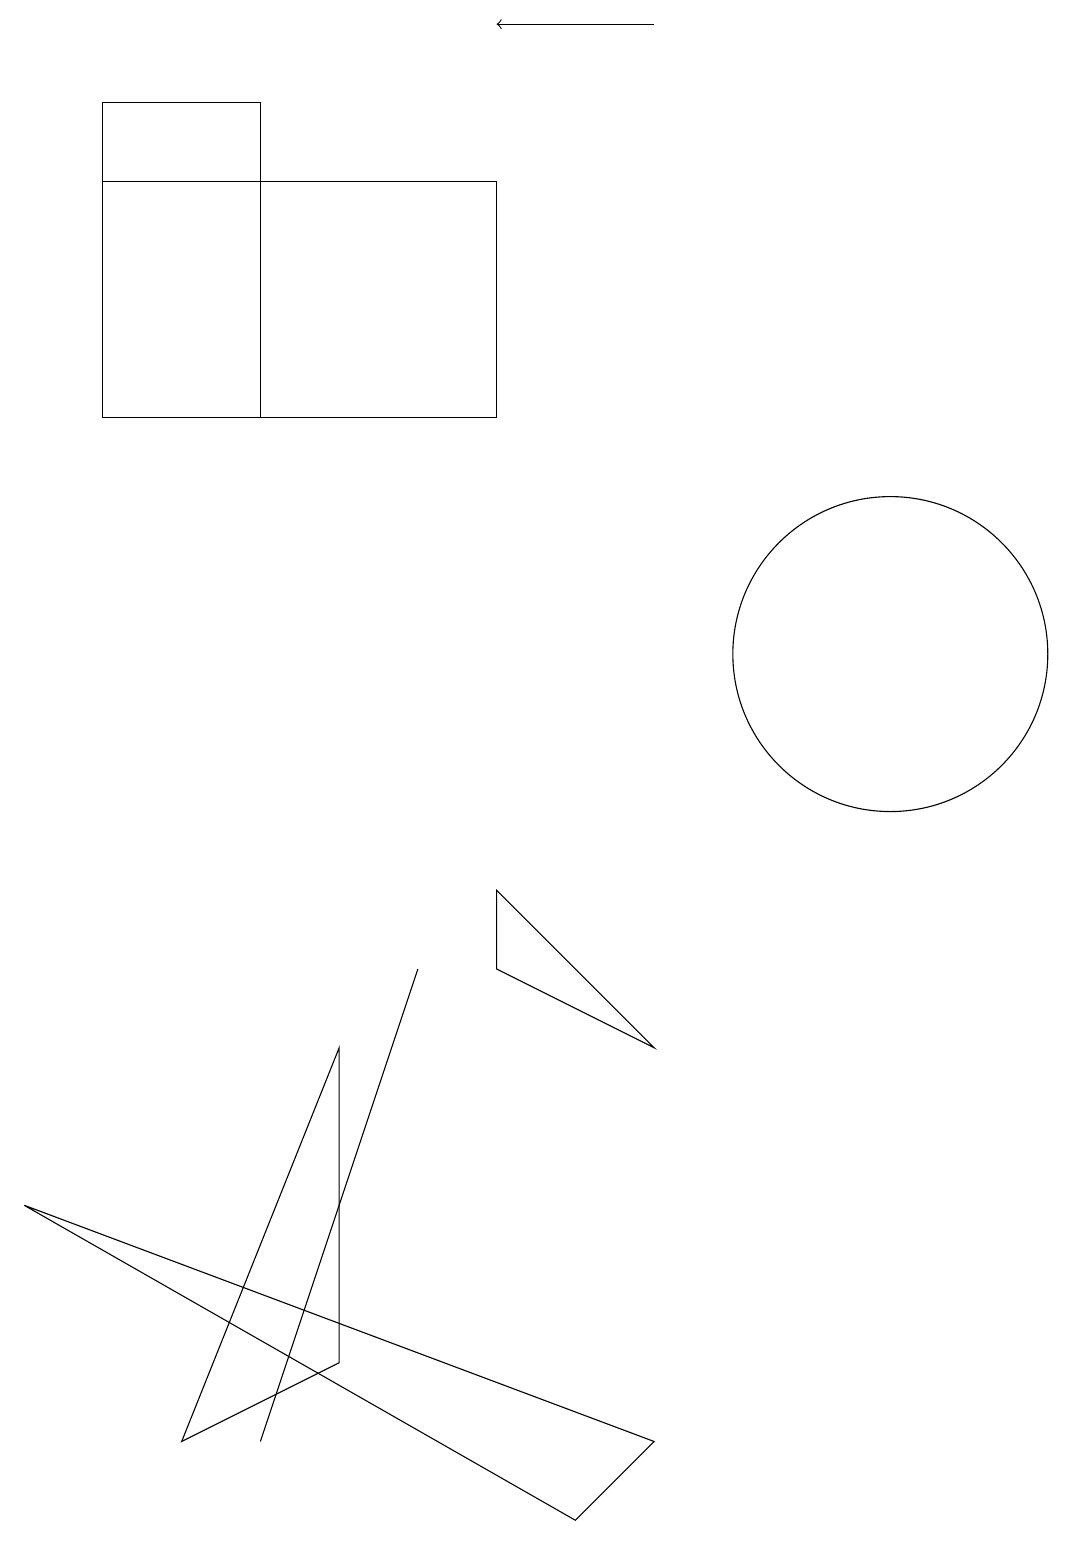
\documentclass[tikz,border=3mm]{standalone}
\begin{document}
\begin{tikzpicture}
\draw (3,18) rectangle (1,14);
\draw (11,11) circle (2);
\draw (6,8) -- (8,6) -- (6,7) -- cycle;
\draw (0,4) -- (8,1) -- (7,0) -- cycle;
\draw[->] (8,19) -- (6,19);
\draw (6,17) rectangle (1,14);
\draw (4,6) -- (2,1) -- (4,2) -- cycle;
\draw (3,1) -- (4,4) -- (5,7) -- cycle;
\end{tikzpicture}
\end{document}